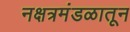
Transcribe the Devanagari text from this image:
नक्षत्रमंडळातून